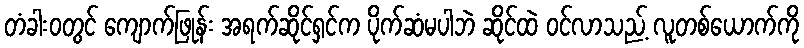
တံခါးဝတွင် ကျောက်ဖြုန်း အရက်ဆိုင်ရှင်က ပိုက်ဆံမပါဘဲ ဆိုင်ထဲ ဝင်လာသည့် လူတစ်ယောက်ကို